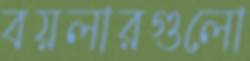
বয়লারগুলো